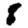
Digit: 8